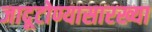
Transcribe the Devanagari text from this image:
जादूटोण्यासारख्या